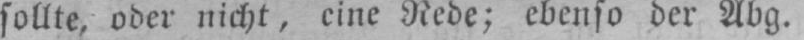
sollte, oder nicht, eine Rede; ebenso der Abg.